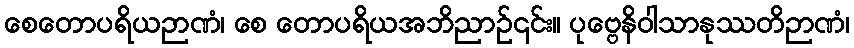
စေတောပရိယဉာဏံ၊ စေ တောပရိယအဘိညာဉ်၎င်း။ ပုဗ္ဗေနိဝါသာနုဿတိဉာဏံ၊